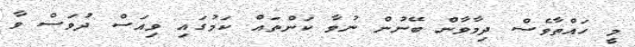
މީ ހައްތާވެސް ދިމާވާން ބޭނުން ނުވާ ކަންތައް ކަމުގައި ވިއަސް ދުވަސް ވާ